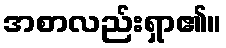
အစာလည်းရှာ၏။